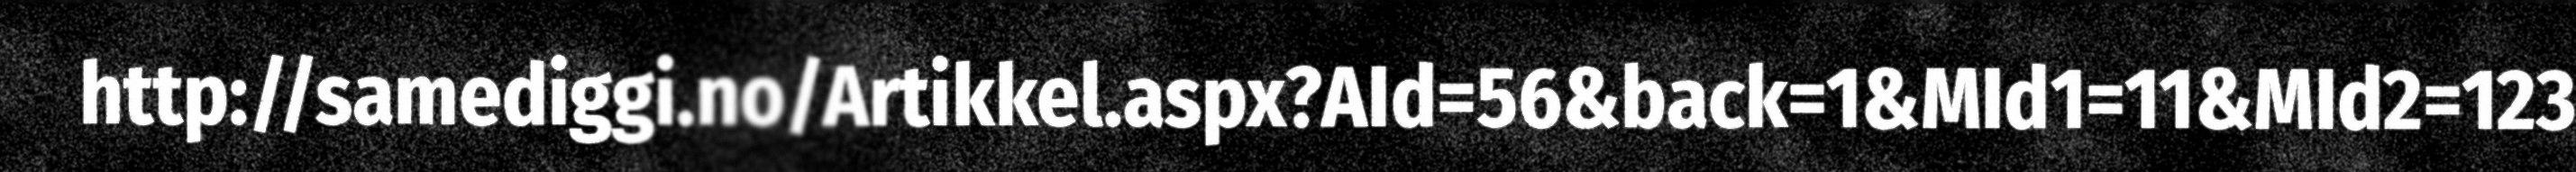
http://samediggi.no/Artikkel.aspx?AId=56&back=1&MId1=11&MId2=123